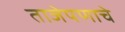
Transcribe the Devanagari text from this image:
ताजेपणाचे